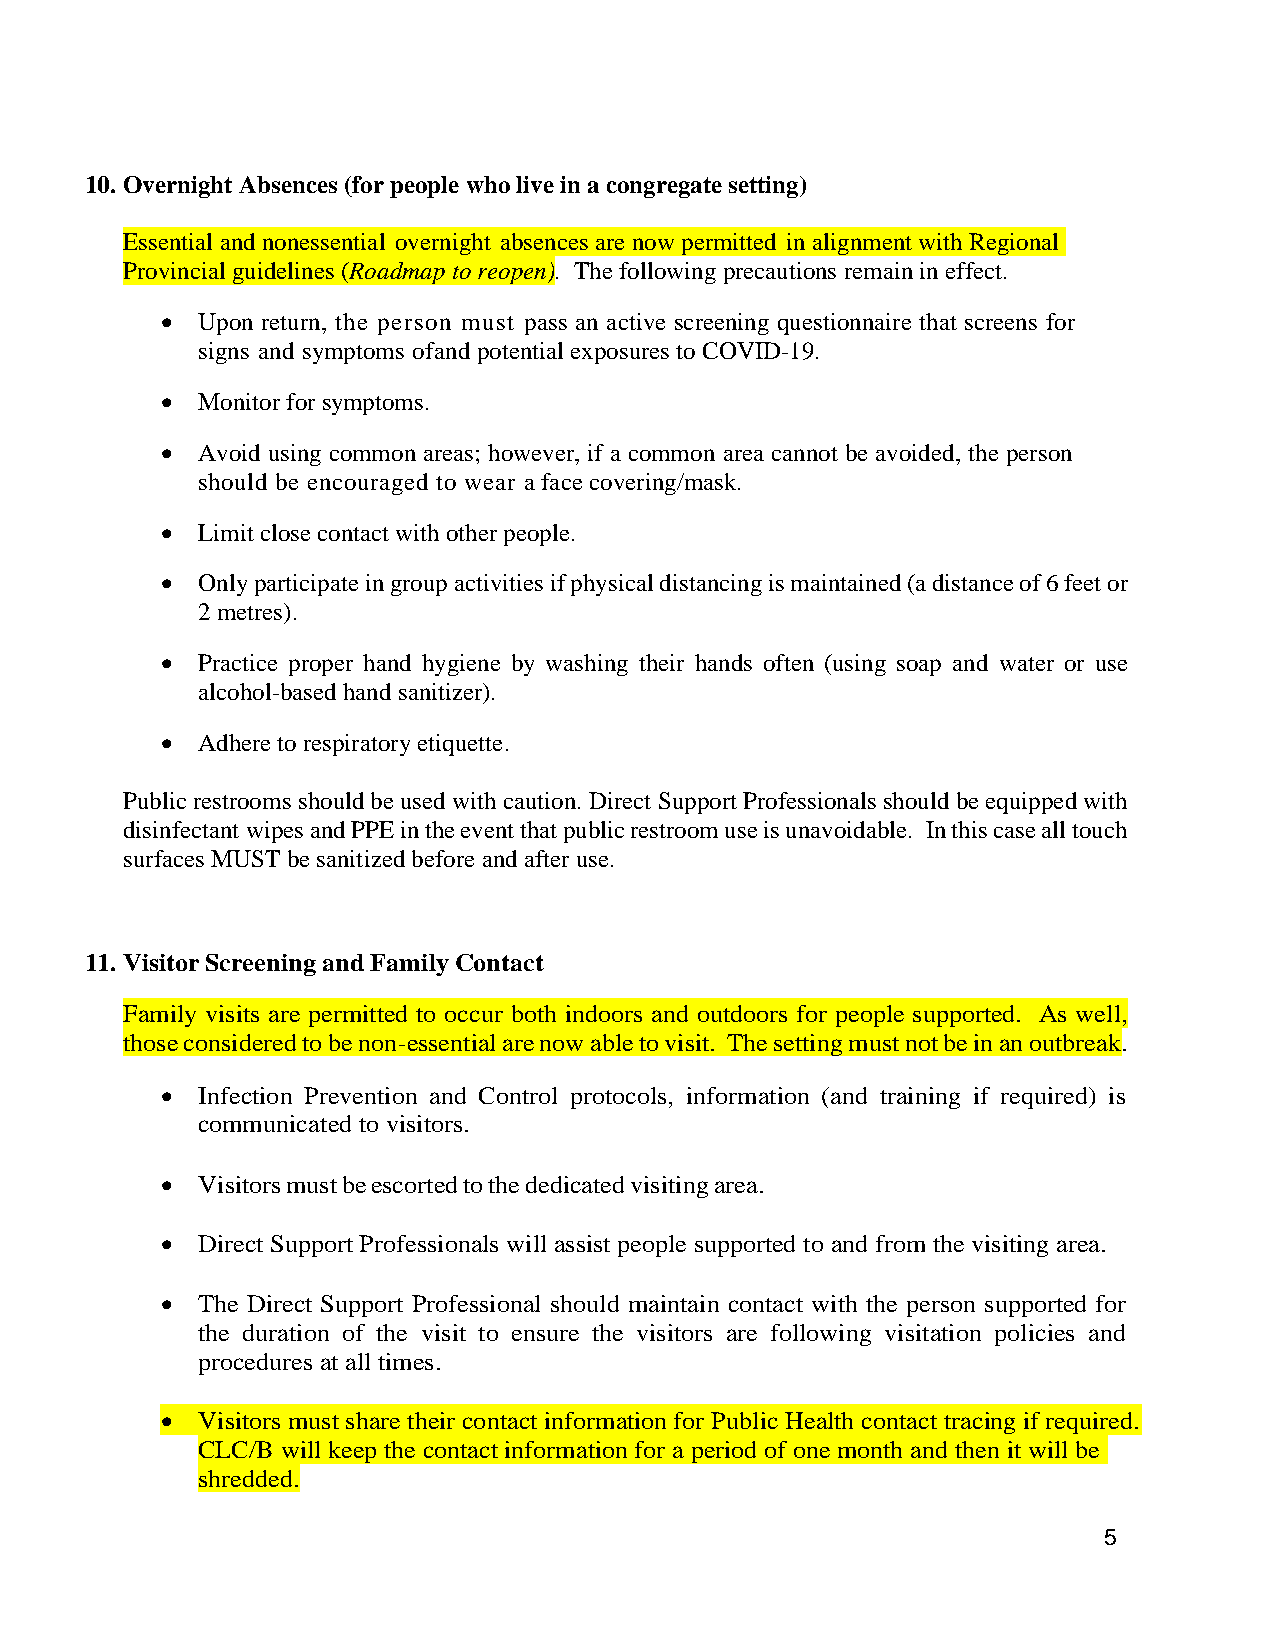
10. Overnight Absences (for people who live in a congregate setting)
 Essential and nonessential overnight absences are now permitted in alignment with Regional
 Provincial guidelines (Roadmap to reopen). The following precautions remain in effect.
 • Upon return, the person must pass an active screening questionnaire that screens for
 signs and symptoms of and potential exposures to COVID-19.
 • Monitor for symptoms.
 • Avoid using common areas; however, if a common area cannot be avoided, the person
 should be encouraged to wear a face covering/mask.
 • Limit close contact with other people.
 • Only participate in group activities if physical distancing is maintained (a distance of 6 feet or
 2 metres).
 • Practice proper hand hygiene by washing their hands often (using soap and water or use
 alcohol-based hand sanitizer).
 • Adhere to respiratory etiquette.
 Public restrooms should be used with caution. Direct Support Professionals should be equipped with
 disinfectant wipes and PPE in the event that public restroom use is unavoidable. In this case all touch
 surfaces MUST be sanitized before and after use.
 11. Visitor Screening and Family Contact
 Family visits are permitted to occur both indoors and outdoors for people supported. As well,
 those considered to be non-essential are now able to visit. The setting must not be in an outbreak.
 • Infection Prevention and Control protocols, information (and training if required) is
 communicated to visitors.
 • Visitors must be escorted to the dedicated visiting area.
 • Direct Support Professionals will assist people supported to and from the visiting area.
 • The Direct Support Professional should maintain contact with the person supported for
 the duration of the visit to ensure the visitors are following visitation policies and
 procedures at all times.
 • Visitors must share their contact information for Public Health contact tracing if required.
 CLC/B will keep the contact information for a period of one month and then it will be
 shredded.
 5